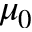
\mu _ { 0 }